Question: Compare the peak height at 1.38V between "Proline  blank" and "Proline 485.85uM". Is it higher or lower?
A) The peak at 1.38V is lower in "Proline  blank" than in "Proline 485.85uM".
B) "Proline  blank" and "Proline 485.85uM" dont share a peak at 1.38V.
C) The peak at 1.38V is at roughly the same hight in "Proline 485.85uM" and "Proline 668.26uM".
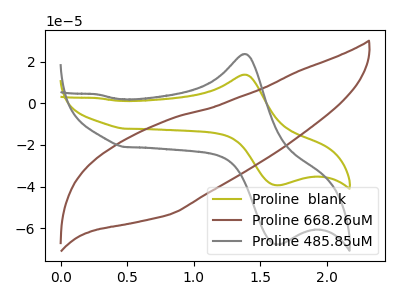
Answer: <think>The olive curve "Proline  blank" has an anodic peak at (1.40V, 13.70uA) and a cathodic peak at (1.65V, -39.30uA). The brown curve "Proline 668.26uM" has no peaks. The gray curve "Proline 485.85uM" has an anodic peak at (1.40V, 23.60uA) and a cathodic peak at (1.65V, -67.70uA).</think>
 <answer>A) The peak at 1.38V is lower in "Proline  blank" than in "Proline 485.85uM".</answer>
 <eval>A</eval>